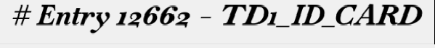
# Entry 12662 - TD1_ID_CARD